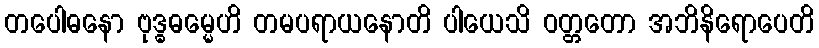
တပေါဓနော ဗုဒ္ဓဓမ္မေဟိ တမပရာယနောတိ ပါယေသိ ဝတ္တတော အဘိနိရောပေတိ